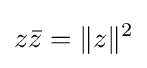
z{\bar {z}}=\|z\|^{2}